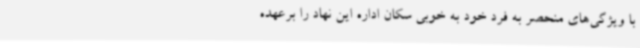
با ویژگی‌های منحصر به فرد خود به خوبی سکان اداره این نهاد را برعهده